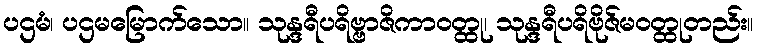
ပဌမံ၊ ပဌမမြောက်သော။ သုန္ဒရီပရိဗ္ဗာဇိကာဝတ္ထု၊ သုန္ဒရီပရိဗိုဇ်မဝတ္ထုတည်း။